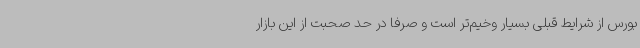
بورس از شرایط قبلی بسیار وخیم‌تر است و صرفا در حد صحبت از این بازار